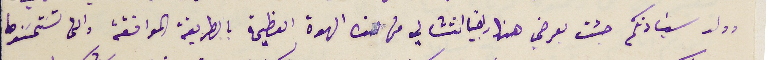
وولد سَيادتكم جئت بعرضي هذا راجياً انتشالي من هذه الهوة العظيمة بالطريقة الموافقة والى تسَتحسَنَوها